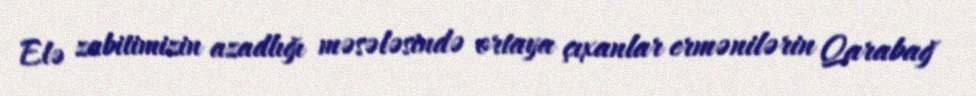
Elə zabitimizin azadlığı məsələsində ortaya çıxanlar ermənilərin Qarabağ